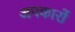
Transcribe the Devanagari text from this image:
अपकारों